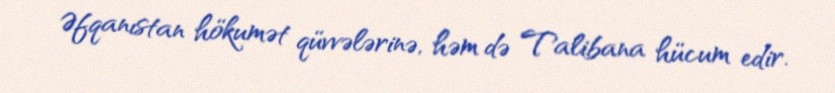
Əfqanıstan hökumət qüvvələrinə, həm də Talibana hücum edir.